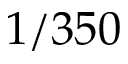
1 / 3 5 0